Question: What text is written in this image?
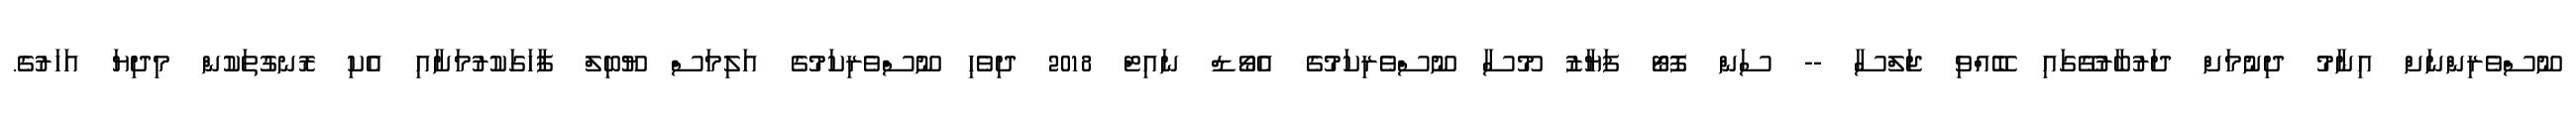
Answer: ނޫސްވެރިންނަށް އިނާމު ދިނުމަށް ދަރުބާރުގޭގައި ބޭއްވި ޖަލްސާ -- ސަން ފޮޓޯ ފަޔާޒު މޫސާ ނޫސްވެރިކަމުގެ އެވޯޑް ނައިޓް 2018 ދިވެހި ނޫސްވެރިކަމުގެ އަލިމަސް ޔޫބިލް ފާހަގަކުރުމަށާއި އެކި ރޮނގުތަކުން މިދިޔަ އަހަރުގެ.